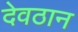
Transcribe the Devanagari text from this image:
देवठान